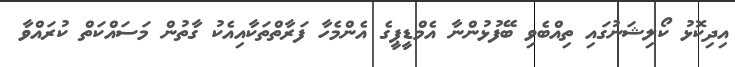
އިދިކޮޅު ކޯލިޝަނުގައި ތިއްބެވި ބޭފުޅުންނާ އެމްޑީޕީގެ އެންމެހާ ފަރާތްތަކާއިއެކު ގާތުން މަސައްކަތް ކުރައްވާ